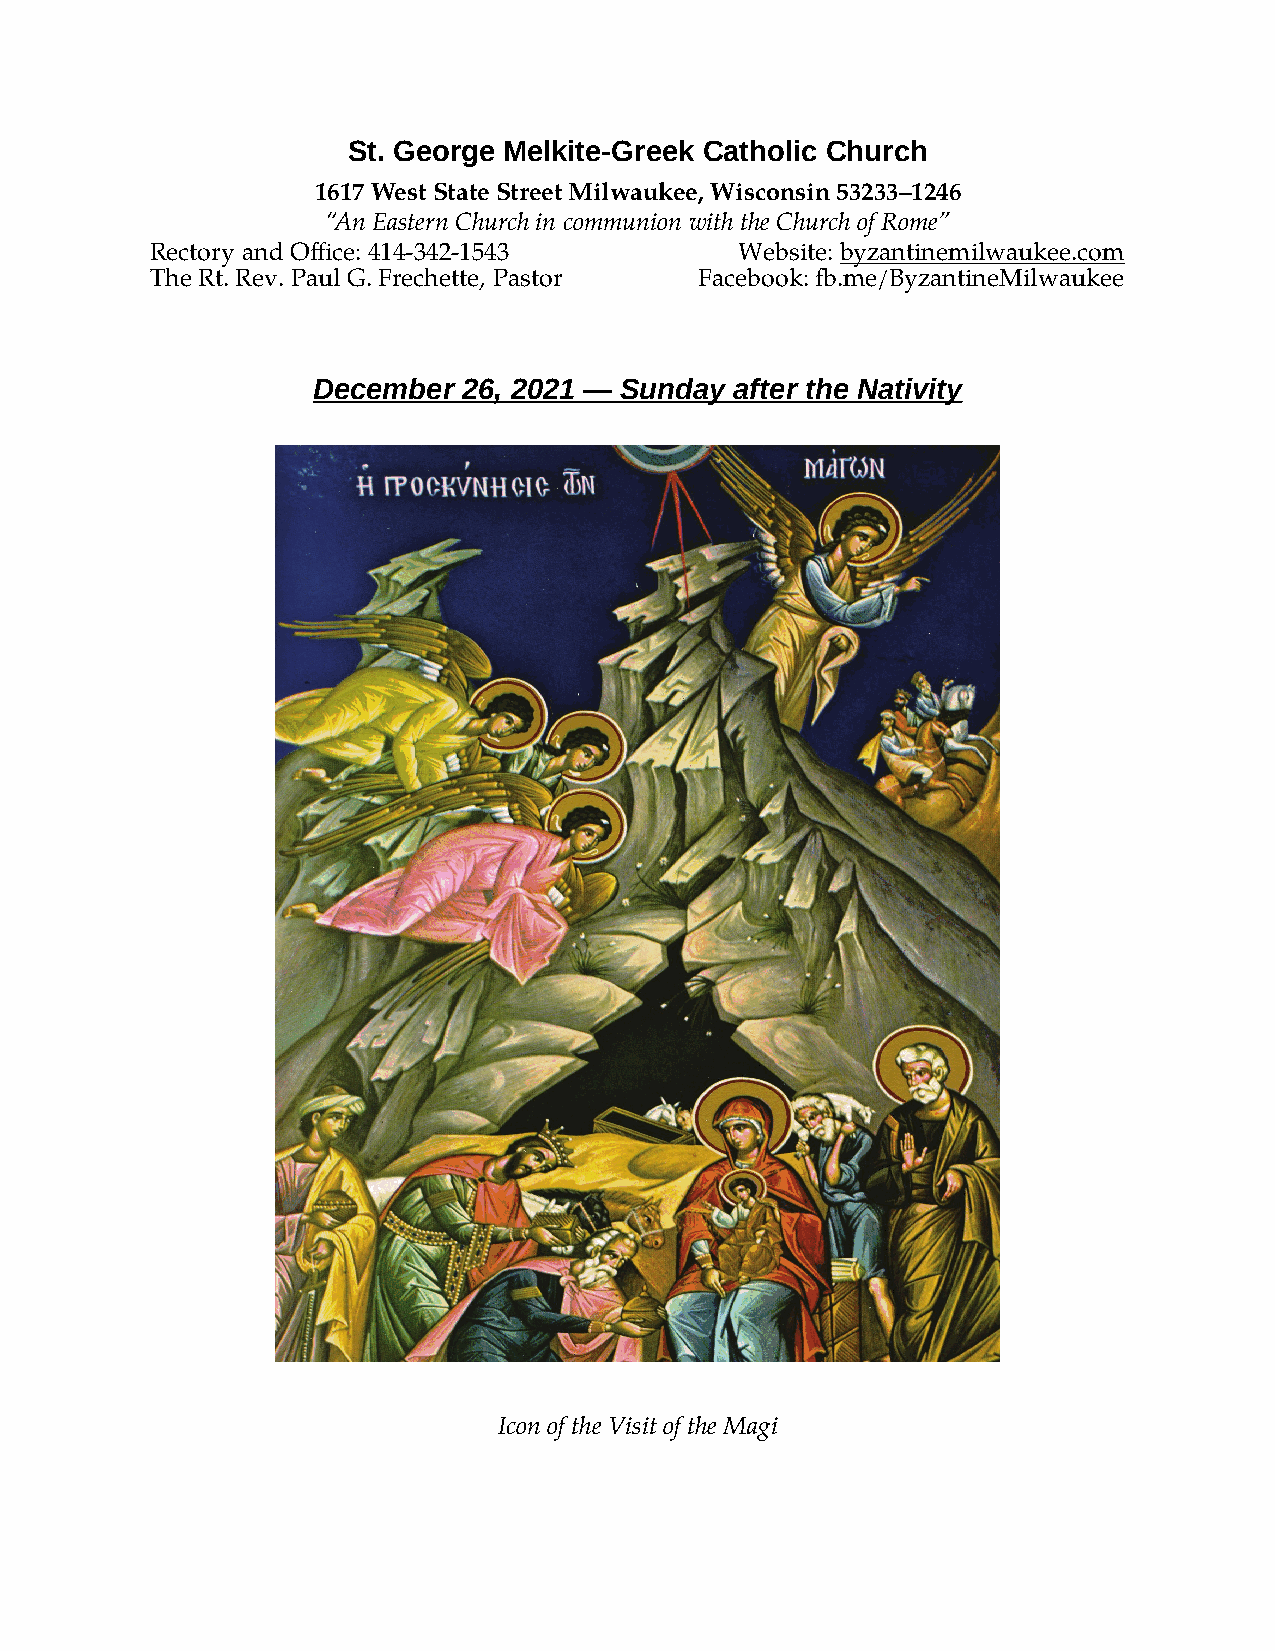
St. George Melkite-Greek Catholic Church
 1617 West State Street Milwaukee, Wisconsin 53233–1246
 “An Eastern Church in communion with the Church of Rome”
 Rectory and Office: 414-342-1543       Website: byzantinemilwaukee.com
 The Rt. Rev. Paul G. Frechette, Pastor Facebook: fb.me/ByzantineMilwaukee
 December  26, 2021 — Sunday after the Nativity
 Icon of the Visit of the Magi